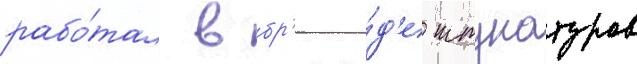
рабо́тал в бр'ига́д'е штукатуров